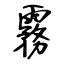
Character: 霧